Indian journal of veterinary science and animal husbandry - Volumes 18-21, 1948-1951
Year: 1948
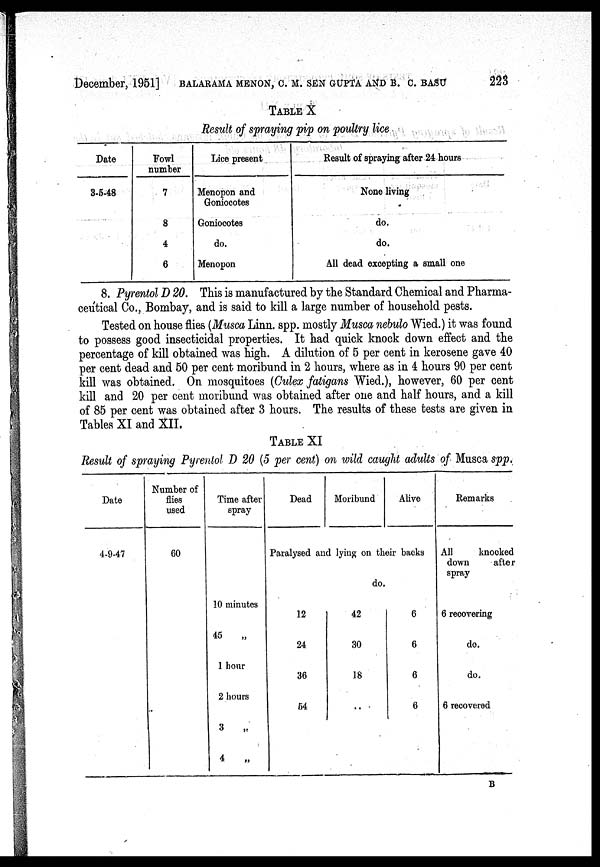
December, 1951] BALARAMA MENON, C. M. SEN GUPTA AND B. C. BASU 223
TABLE X
Result of spraying pip on poultry lice
Date
3-5-48
Fowl
number
7
8
4
6
Lice present
Menopon and
Goniocotes
Goniocotes
do.
Menopon
Result of spraying after 24 hours
None living
do.
do.
All dead excepting a small one
8. Pyrentol D 20. This is manufactured by the Standard Chemical and Pharma-
ceutical Co., Bombay, and is said to kill a large number of household pests.
Tested on house flies (Musca Linn. spp. mostly Musca nebulo Wied.) it was found
to possess good insecticidal properties. It had quick knock down effect and the
percentage of kill obtained was high. A dilution of 5 per cent in kerosene gave 40
per cent dead and 50 per cent moribund in 2 hours, where as in 4 hours 90 per cent
kill was obtained. On mosquitoes (Culex fatigans Wied.), however, 60 per cent
kill and 20 per cent moribund was obtained after one and half hours, and a kill
of 85 per cent was obtained after 3 hours. The results of these tests are given in
Tables XI and XII.
TABLE XI
Result of spraying Pyrentol D 20 (5 per cent) on wild caught adults of Musca spp.
Date
4-9-47
Number of
flies
used
60
Time after
spray
10 minutes
45
„
1 hour
2 hours
3
„
4
„
Dead
Moribund
Alive
Paralysed and lying on their backs
12
24
36
54
do.
42
30
18
..
6
6
6
6
Remarks
All
knocked
down
after
spray
6 recovering
do.
do.
6 recovered
B